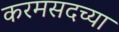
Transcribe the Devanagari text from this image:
करमसदच्या